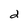
Character: d